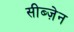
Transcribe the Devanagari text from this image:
सीब्ज़ेन